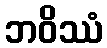
ဘဝိဿံ